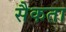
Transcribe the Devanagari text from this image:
सैकता